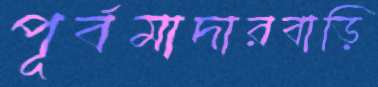
পূর্বমাদারবাড়ি